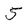
Character: 5